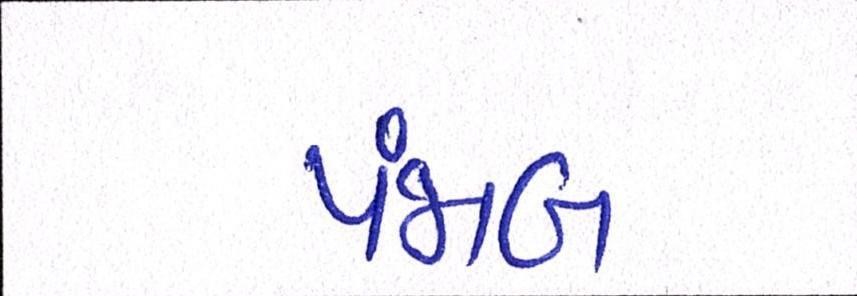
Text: પંજાબ